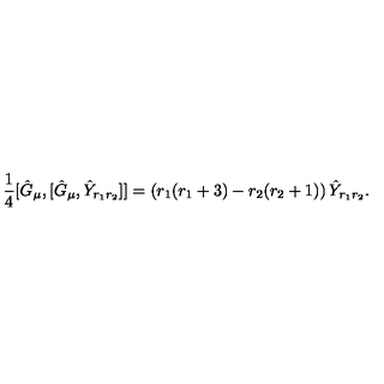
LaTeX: \frac { 1 } { 4 } [ \hat { G } _ { \mu } , [ \hat { G } _ { \mu } , \hat { Y } _ { r _ { 1 } r _ { 2 } } ] ] = \left( r _ { 1 } ( r _ { 1 } + 3 ) - r _ { 2 } ( r _ { 2 } + 1 ) \right) \hat { Y } _ { r _ { 1 } r _ { 2 } } .